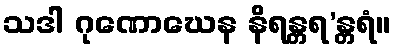
သဒါ ဂုဏောဃေန နိရန္တရ’န္တရံ။